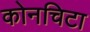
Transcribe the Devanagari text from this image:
कोनचिटा